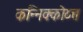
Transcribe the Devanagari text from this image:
कन्निक्कोय्त्त